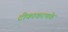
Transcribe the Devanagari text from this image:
टीकाकरणके